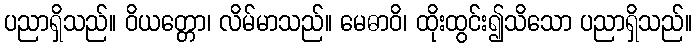
ပညာရှိသည်။ ဝိယတ္တော၊ လိမ်မာသည်။ မေဓာဝိ၊ ထိုးထွင်း၍သိသော ပညာရှိသည်။